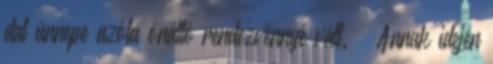
dal ünnepe azóta önálló rendezvénnyé vált. – Annak idején